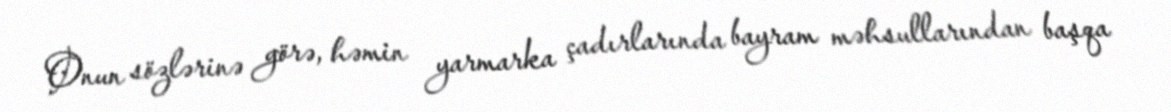
Onun sözlərinə görə, həmin yarmarka çadırlarında bayram məhsullarından başqa